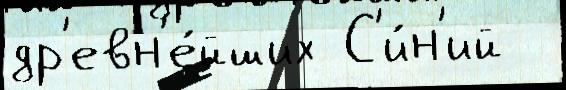
др'евн'е́йших С'и́н'ий